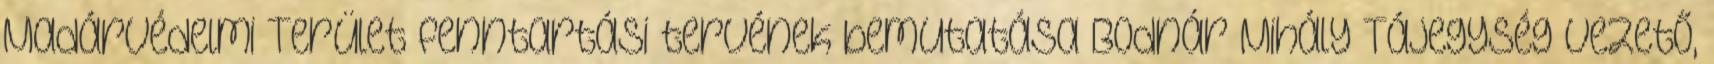
Madárvédelmi Terület fenntartási tervének bemutatása Bodnár Mihály Tájegység vezető,